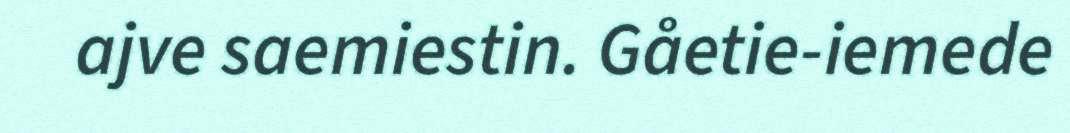
ajve saemiestin. Gåetie-iemede